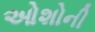
ઓશોની